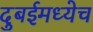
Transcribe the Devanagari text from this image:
दुबईमध्येच